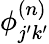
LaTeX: {\phi}_{j^{\prime}k^{\prime}}^{(n)}